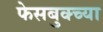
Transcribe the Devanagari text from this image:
फेसबुक्च्या